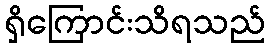
ရှိကြောင်းသိရသည်